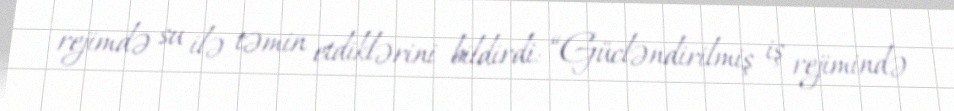
rejimdə su ilə təmin etdiklərini bildirdi: “Gücləndirilmiş iş rejimində